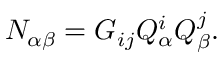
N _ { \alpha \beta } = G _ { i j } Q _ { \alpha } ^ { i } Q _ { \beta } ^ { j } .